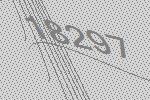
18297